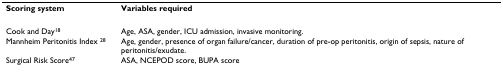
<table><thead><tr><td><b>Scoring system</b></td><td><b>Variables required</b></td></tr></thead><tbody><tr><td>Cook and Day<sup>18</sup></td><td>Age, ASA, gender, ICU admission, invasive monitoring.</td></tr><tr><td>Mannheim Peritonitis Index <sup>28</sup></td><td>Age, gender, presence of organ failure/cancer, duration of pre-op peritonitis, origin of sepsis, nature of peritonitis/exudate.</td></tr><tr><td>Surgical Risk Score<sup>47</sup></td><td>ASA, NCEPOD score, BUPA score</td></tr></tbody></table>